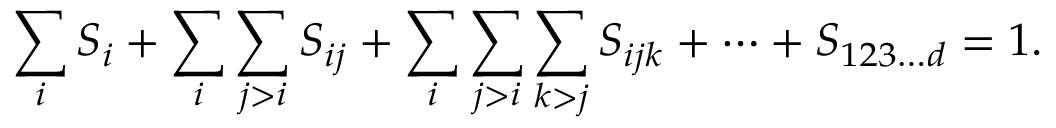
\sum _ { i } S _ { i } + \sum _ { i } \sum _ { j > i } S _ { i j } + \sum _ { i } \sum _ { j > i } \sum _ { k > j } S _ { i j k } + \dots + S _ { 1 2 3 \dots d } = 1 .